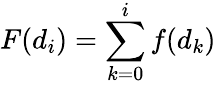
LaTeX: F(d_{i})=\sum_{k=0}^{i}f(d_{k})